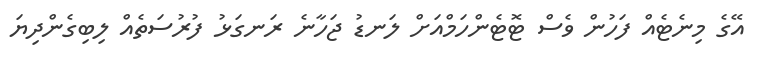
އޭގެ މިނެޓެއް ފަހުން ވެސް ޓޮޓެންހަމްއަށް ލަނޑު ޖަހާނެ ރަނގަޅު ފުރުސަތެއް ލިބިގެންދިޔަ